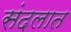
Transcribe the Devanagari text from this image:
संदलात